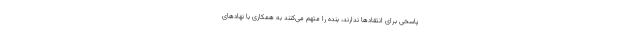
پاسخی برای انتقادها ندارند، بنده را متهم می‌کنند به همکاری با نهادهای